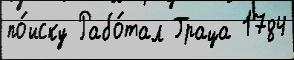
по́иску Рабо́тал Граца 1784